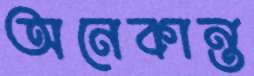
অনেকান্ত